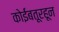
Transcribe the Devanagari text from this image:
कोईंबतूरहून